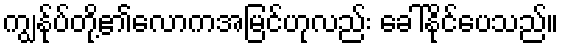
ကျွနု်ပ်တို့၏လောကအမြင်ဟုလည်း ခေါ်နိုင်ပေသည်။